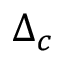
\Delta _ { c }